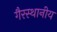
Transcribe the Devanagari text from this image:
गैरस्थानीय